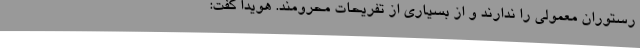
رستوران معمولی را ندارند و از بسیاری از تفریحات محرومند. هویدا گفت: